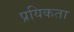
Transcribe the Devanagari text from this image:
प्रयिकता